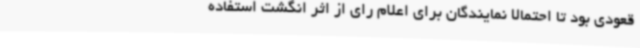
قعودی بود تا احتمالا نمایندگان برای اعلام رای از اثر انگشت استفاده